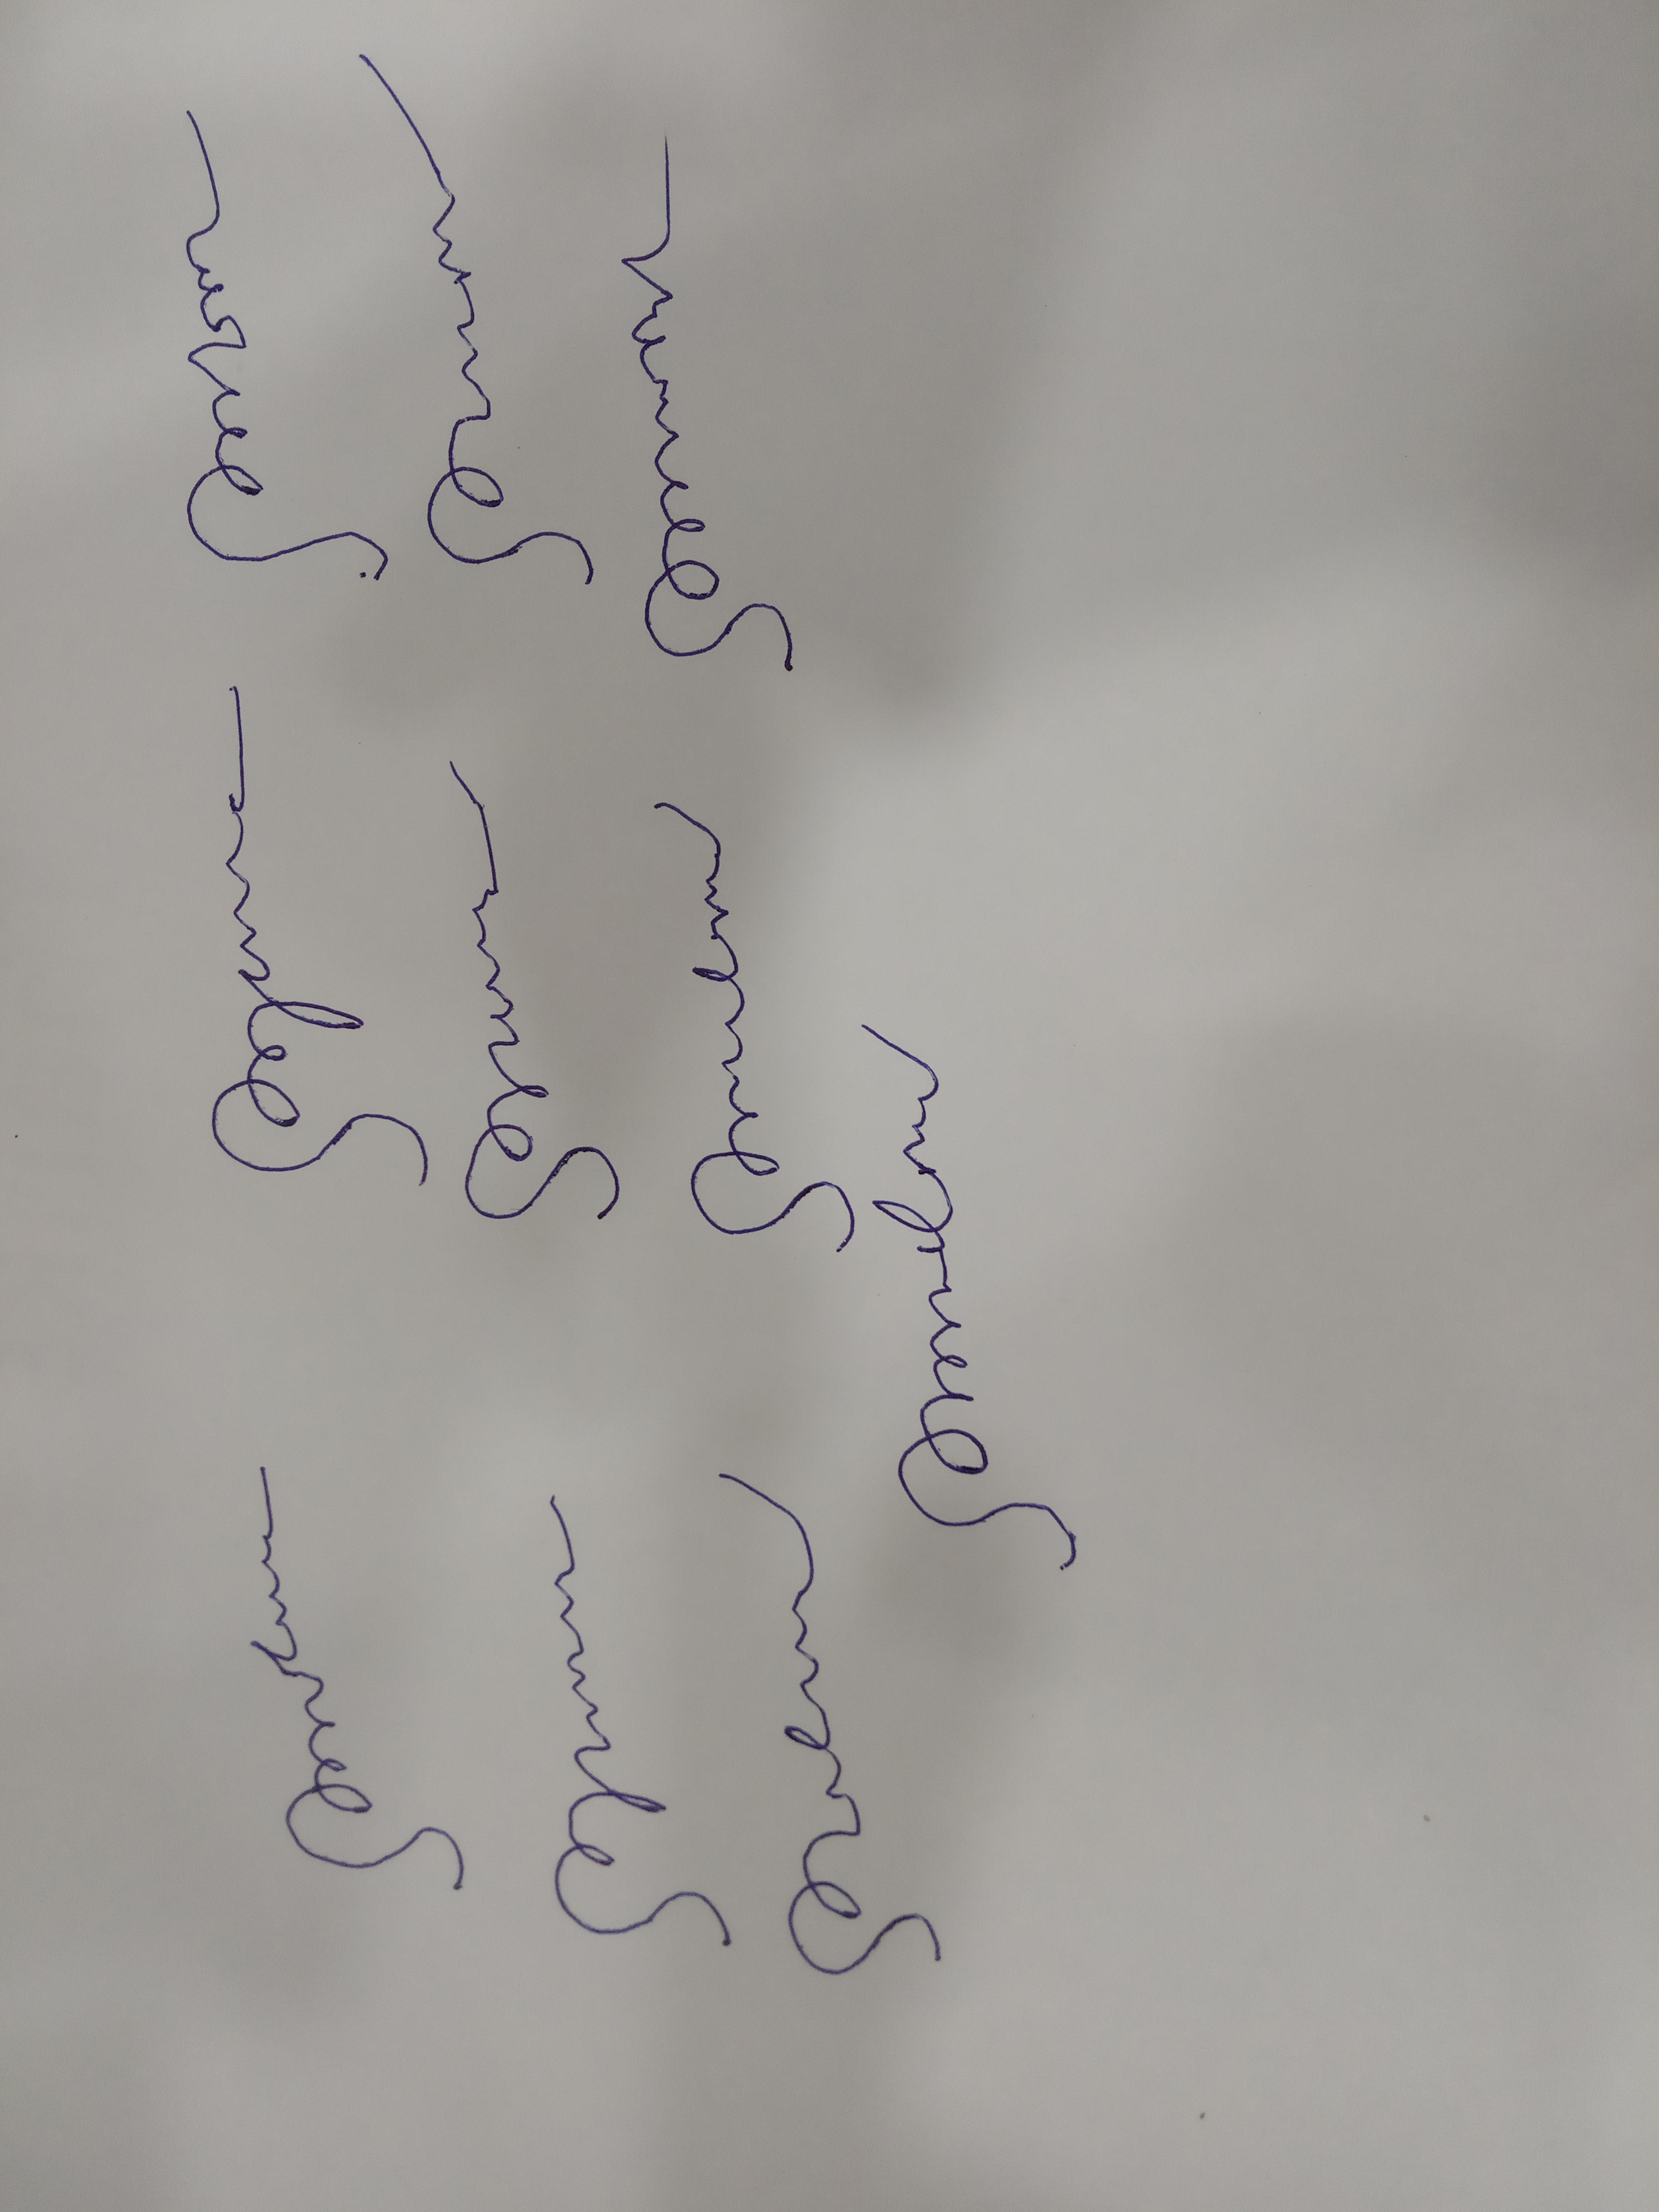
Signature authenticity: forged